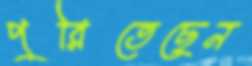
পুরিতেছেন